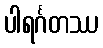
ပါရင်္ဂတဿ